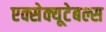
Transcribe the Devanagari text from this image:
एक्सेक्यूटेबल्स